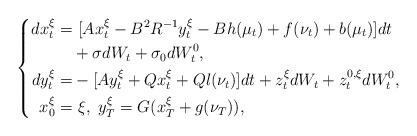
LaTeX: \begin{align*}\left\{\begin{aligned}dx_t^{\xi}=&~[Ax_t^{\xi}-B^2R^{-1}y_t^{\xi}-Bh(\mu_t)+f(\nu_t)+b(\mu_t)]dt\\&+\sigma dW_t+\sigma_0dW^0_t,\\dy_t^{\xi}=&-[Ay_t^{\xi}+Qx_t^{\xi}+Ql(\nu_t)]dt+z_t^{\xi}dW_t+z^{0,\xi}_tdW^0_t,\\x_0^{\xi}=&~\xi,~y_T^{\xi}=G(x_T^\xi+g(\nu_T)),\end{aligned}\right.\end{align*}